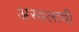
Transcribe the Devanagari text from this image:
अस्वलाची